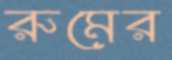
রুমের